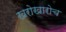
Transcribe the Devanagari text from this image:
खरोखारोच